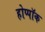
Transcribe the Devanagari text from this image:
होप्पॉक